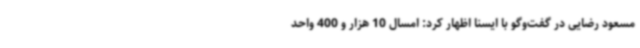
مسعود رضایی در گفت‌وگو با ایسنا اظهار کرد: امسال 10 هزار و 400 واحد